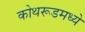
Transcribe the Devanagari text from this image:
कोथरूडमध्ये